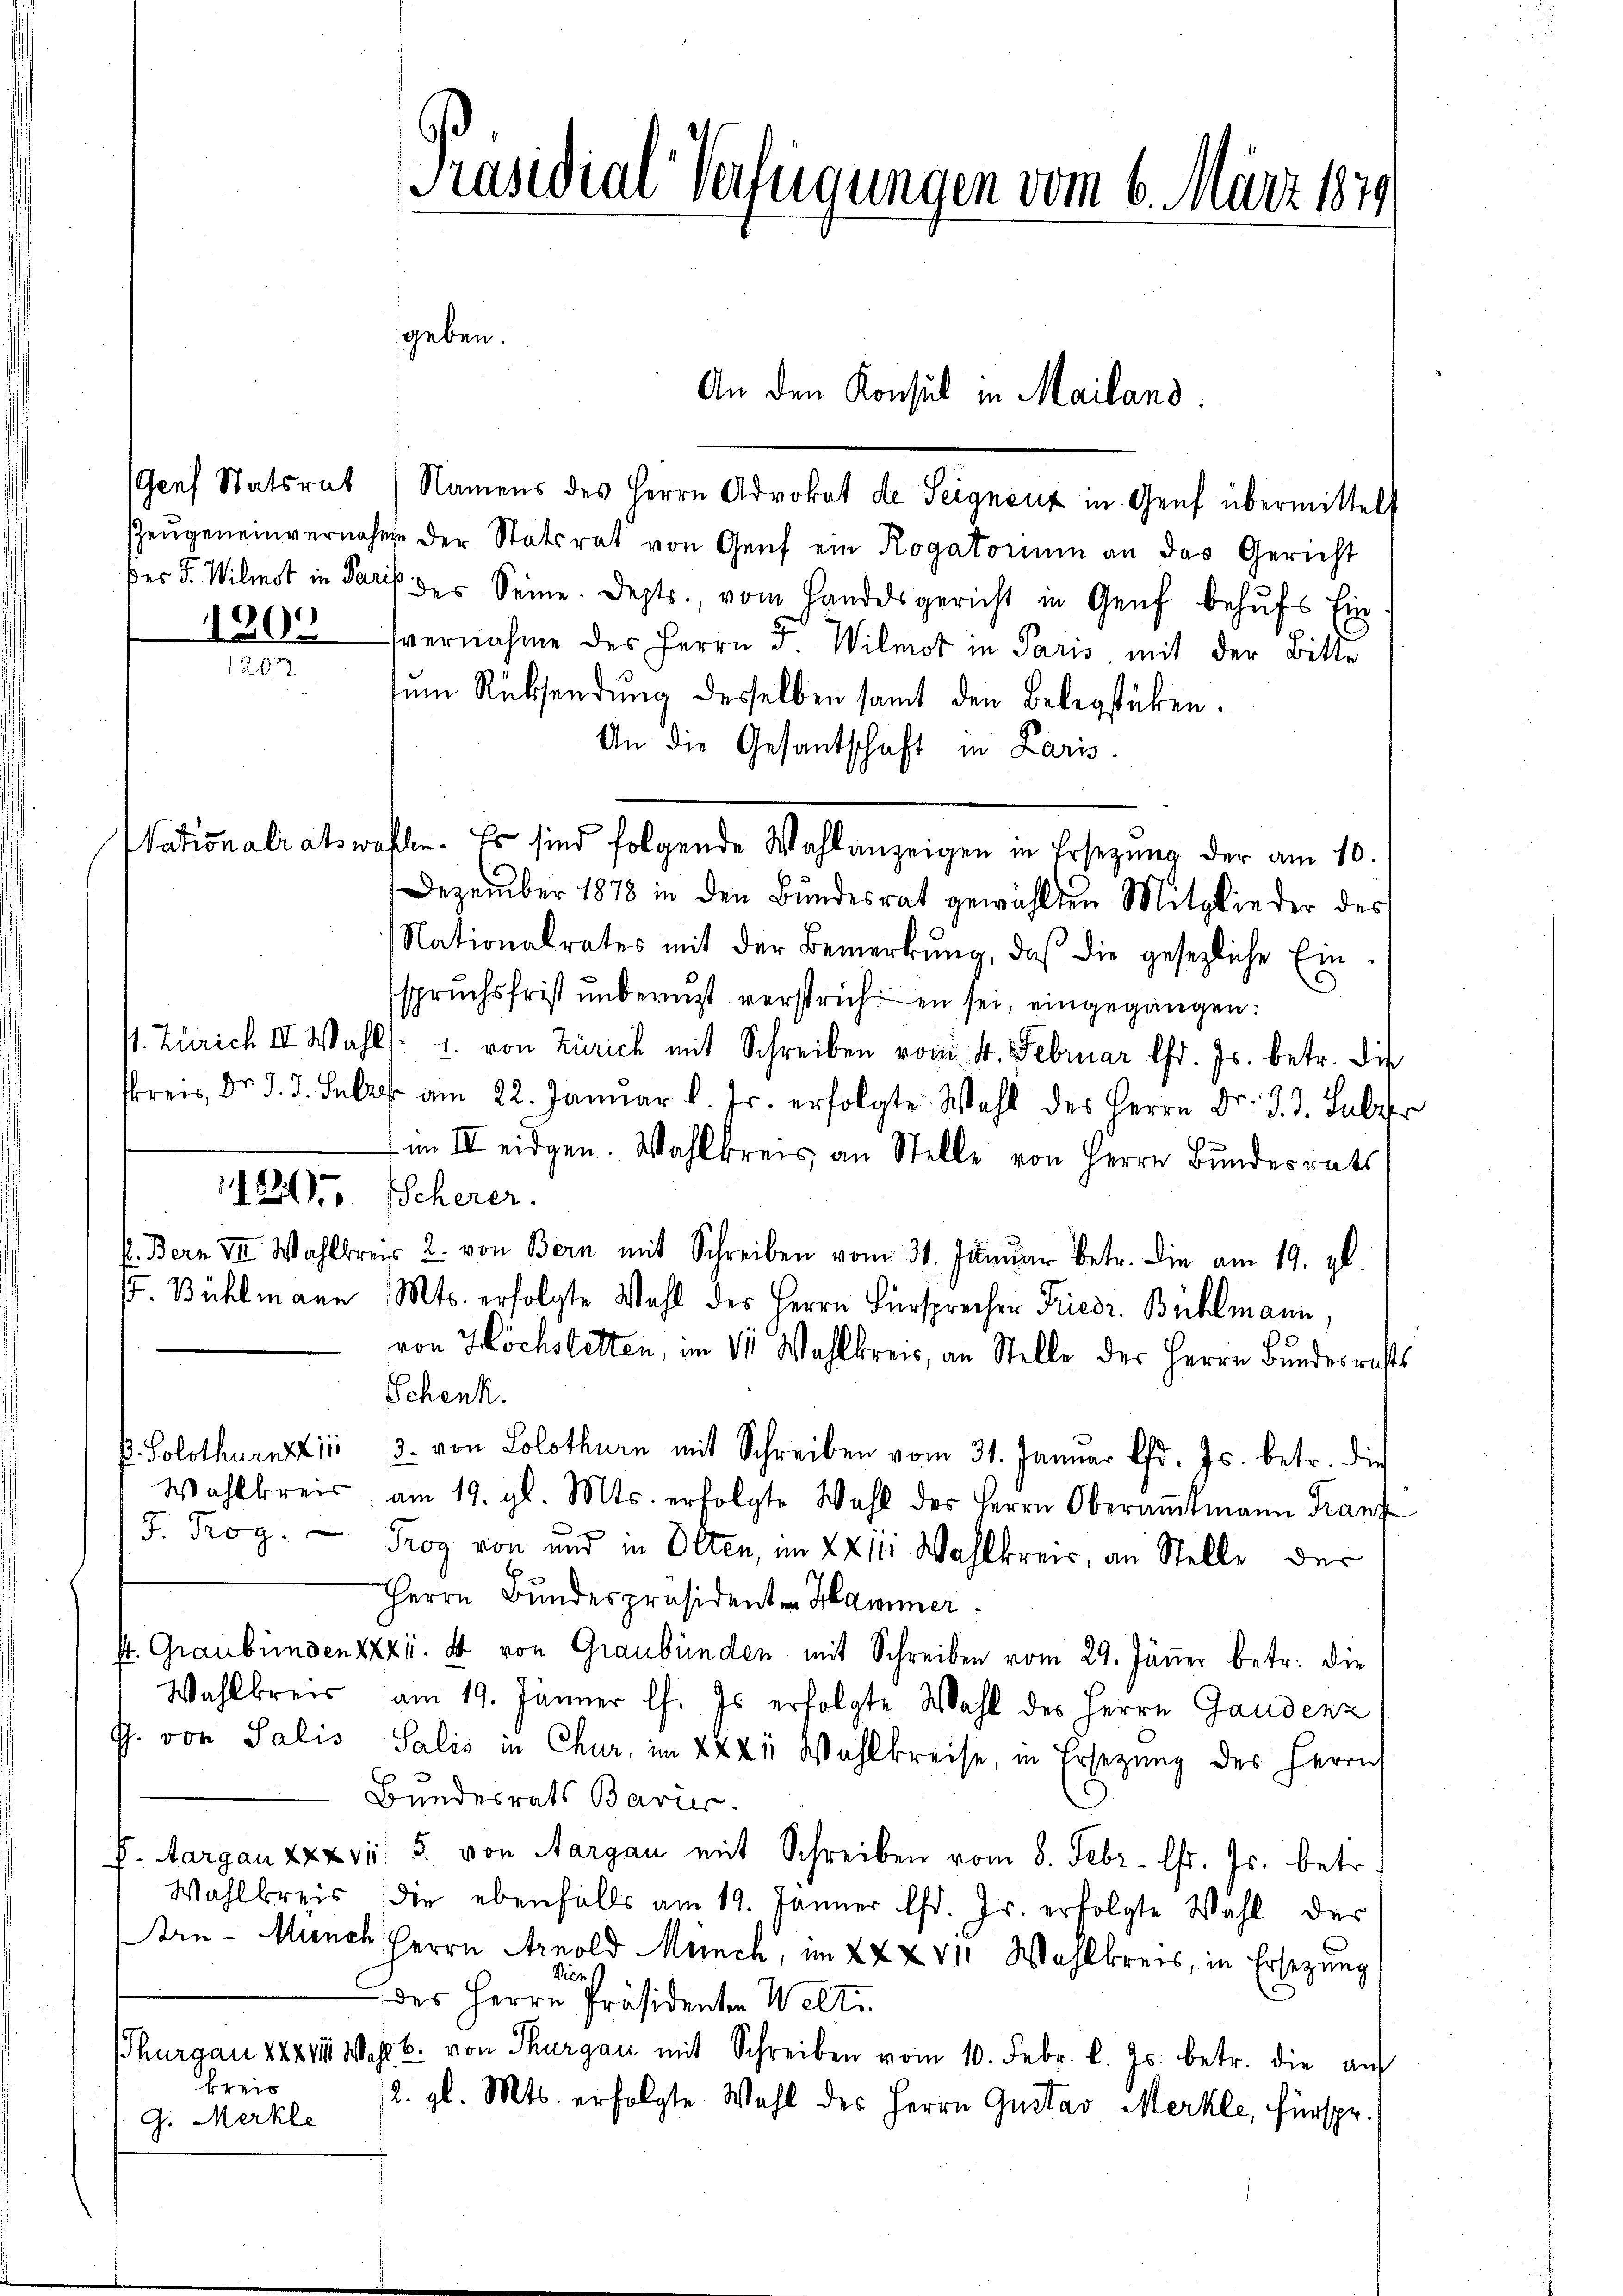
kreis
G. Merkle

(Genf Statsrat Namens des Herrn Advokat de Seigneuz in Genf übermittelt
Zeŭgeneinvernahme der Statiret von Genf ein Rogatorium an das Gericht
ßer J. Wilist in Paris des Seine. Depts., vom Handelsgericht in Genf behŭfs Ein
1200 vernahme des Herrn J. Wilmot in Paris mit der Bitte
ŭm Rücksendŭng desselben samt den Belegstüken.
An die Gesantschaft in Paris
Dezember 1878 in den Bŭndesrat gewählten Mitglieder des
Nationalrates mit der Bemerkŭng, daß die gesezliche Ein-
spruchsfrist unberust verstrichen sei, eingegangen:
V. Zürich II. Wahl /: u. von Zürich mit Schreiben vom 4. Februar l. Js. betr. die
skreis, Dr. J. J. Febr. am 22. Januar l. Fr. erfolgte Wahl des Herrn Dr. d. J. Sulzer
im II eidgen. Wahlkreis, an Stelle von Herrn Bundesrats
1126. Scherer.
f. Bern VII. Wahlkreis 2. von Bern mit Schreiben vom 31. Januar betr. die am 19. gl.
. Bühlmann Mts. erfolgte Wahl des Herrn Fürsprecher Friedr. Bühlmann,
von Höchstetten, im II. Wahlkreis, an Stelle des Herrn Bundesrichts
Schenk.
P. Solothurnst in 3. von Solothurn mit Schreiben vom 31. Januar d. Js. betr. die
Wahlkreis am 19. gl. Mts. erfolgte Wahl des Herrn Oberamtmann Franz
J. Trog. Trog von und in Olten, im XX 11. Wahlkreis, an Stelle der
Herrn Bundespräsidenten Hammer
st. Graubündenzzzi. 4 von Graubünden mit Schreiben vom 29. Jänner betr. die
Wahlkreis am 19. Jänner l. Es erfolgte Wahl des Herrn Gaudenz
J. von Salis Salis in Chur, im XXXie Wahlkreise, in Ersezung des Herrn
Bundesrats Barier.
F. Aargau XXXvi 5. von Aargau mit Schreiben vom 8. Febr. l. Js. betr.
Wahlkreis die ebenfalls am 19. Jänner l. Js. erfolgte Wahl der
Are-Münch Herrn Arnold Münch, im XXXVII Wahlkreis, in Ersezung
Viers
 des Herrn Präsidenten Welti.
hurgau 1821 Wahl u. von Thurgau mit Schreiben vom 10. Febr. l. Js. betr. die auf
2. gl. Mts. erfolgte. Wahl des Herrn Gustav Merkle, fürspr.

Präsidial-Verfeigungen vom 6. März 1849
geben.

Nationalratswahlen. Es sind folgende Wahlanzeigen in Ersezung der am 10.

An den Konsul in Mailand.